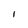
Character: l